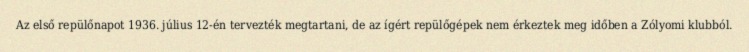
Az első repülőnapot 1936. július 12-én tervezték megtartani, de az ígért repülőgépek nem érkeztek meg időben a Zólyomi klubból.